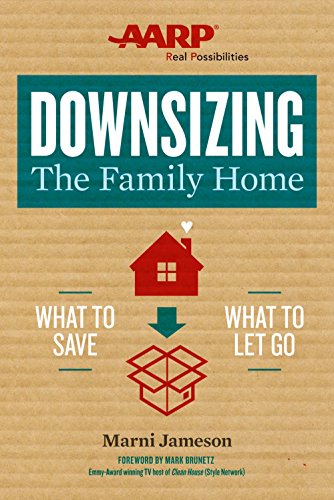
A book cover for Downsizing The Family Home: What to Save, What to Let Go; Marni Jameson; Parenting & Relationships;